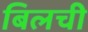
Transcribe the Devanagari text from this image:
बिलची